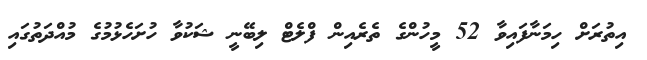
އިތުރަށް ހިމަނާފައިވާ 52 މީހުންގެ ތެރެއިން ފްލެޓް ލިބޭނީ ޝަކުވާ ހުށަހެޅުމުގެ މުއްދަތުގައި